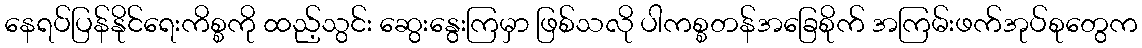
နေရပ်ပြန်နိုင်ရေးကိစ္စကို ထည့်သွင်း ဆွေးနွေးကြမှာ ဖြစ်သလို ပါကစ္စတန်အခြေစိုက် အကြမ်းဖက်အုပ်စုတွေက